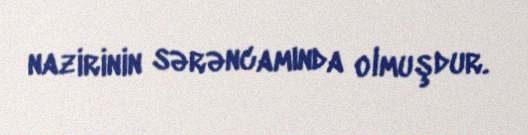
nazirinin sərəncamında olmuşdur.